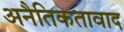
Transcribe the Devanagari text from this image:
अनैतिकतावाद